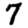
Digit: 7